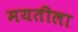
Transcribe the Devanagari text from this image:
मयतीला